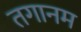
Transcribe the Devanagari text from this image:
तगानम